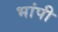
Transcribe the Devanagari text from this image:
भांपी